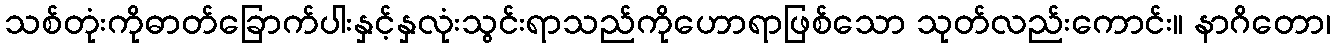
သစ်တုံးကိုဓာတ်ခြောက်ပါးနှင့်နှလုံးသွင်းရာသည်ကိုဟောရာဖြစ်သော သုတ်လည်းကောင်း။ နာဂိတော၊